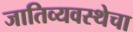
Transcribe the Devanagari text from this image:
जातिव्यवस्थेचा